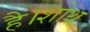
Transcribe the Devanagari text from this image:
है।शोथ